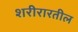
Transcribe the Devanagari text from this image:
शरीरारतील